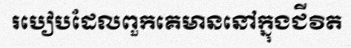
របៀបដែលពួកគេមាននៅក្នុងជីវិត